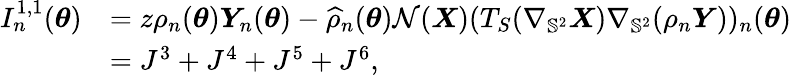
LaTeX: \begin{array}{rl}{I_{n}^{1,1}({\boldsymbol{\theta}})}&{=z\rho_{n}({\boldsymbol{\theta}})\boldsymbol{Y}_{n}({\boldsymbol{\theta}})-\widehat{\rho}_{n}({\boldsymbol{\theta}})\mathcal{N}(\boldsymbol{X})(T_{S}(\nabla_{\mathbb{S}^{2}}\boldsymbol{X})\nabla_{\mathbb{S}^{2}}(\rho_{n}\boldsymbol{Y}))_{n}({\boldsymbol{\theta}})}\\ &{=J^{3}+J^{4}+J^{5}+J^{6},}\end{array}